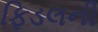
ફિડલની